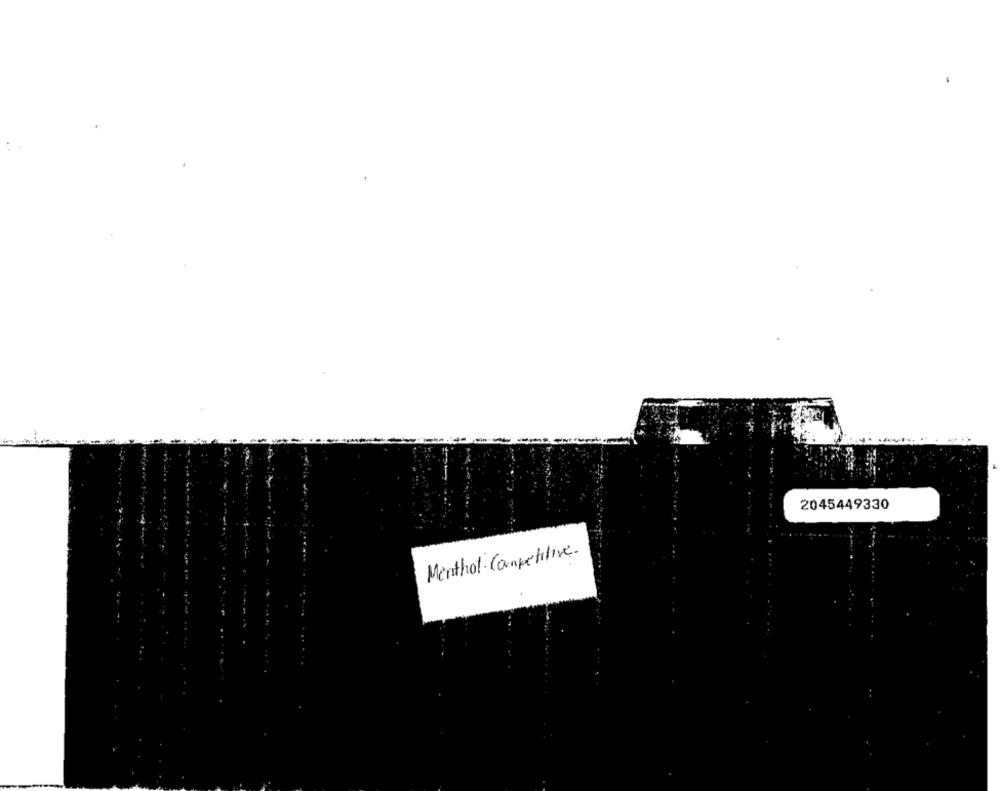
2045449330
Menthol · Competitive .